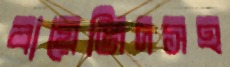
বায়েজিদসহ